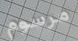
مرسوم